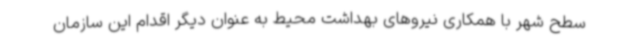
سطح شهر با همکاری نیروهای بهداشت محیط به عنوان دیگر اقدام این سازمان